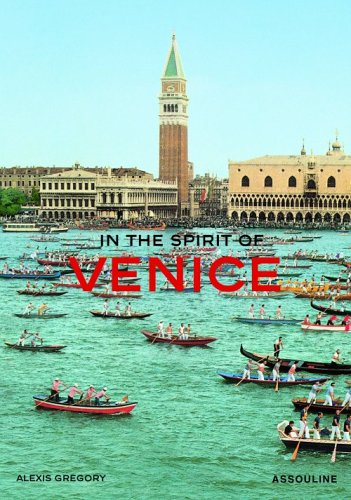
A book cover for In The Spirit Of Venice; Alexis Gregory; Arts & Photography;